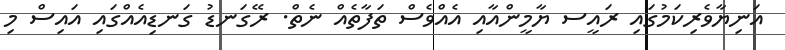
އަނިޔާވެރިކަމުގައި ރައީސ ޔާމީންއާއި އެއްވެސް ތަފާތެއް ނެތް. ރޭގަނޑު ގަނޑިއެއްގައި އައިސް މި